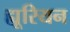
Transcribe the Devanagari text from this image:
ह्यूरियन